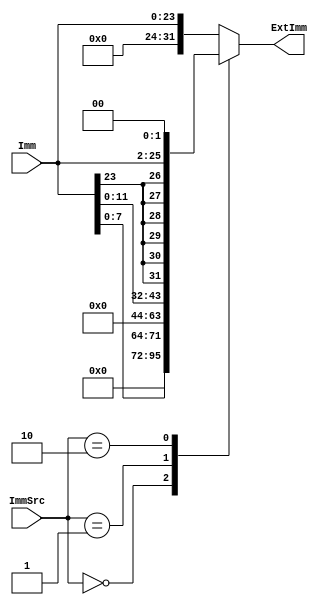
`timescale 1ns / 1ps
module Extend(
    output reg[31:0] ExtImm,
	 input [1:0] ImmSrc,
    input [23:0] Imm
    );

	always @ (*) begin
		case (ImmSrc) 
			2'b00: ExtImm = {24'b0,Imm[7:0]};
			2'b01: ExtImm = {20'b0,Imm[11:0]};
			2'b10: ExtImm = {{6{Imm[23]}},Imm, 2'b0};
			default: ExtImm = Imm;
		endcase
	end

endmodule